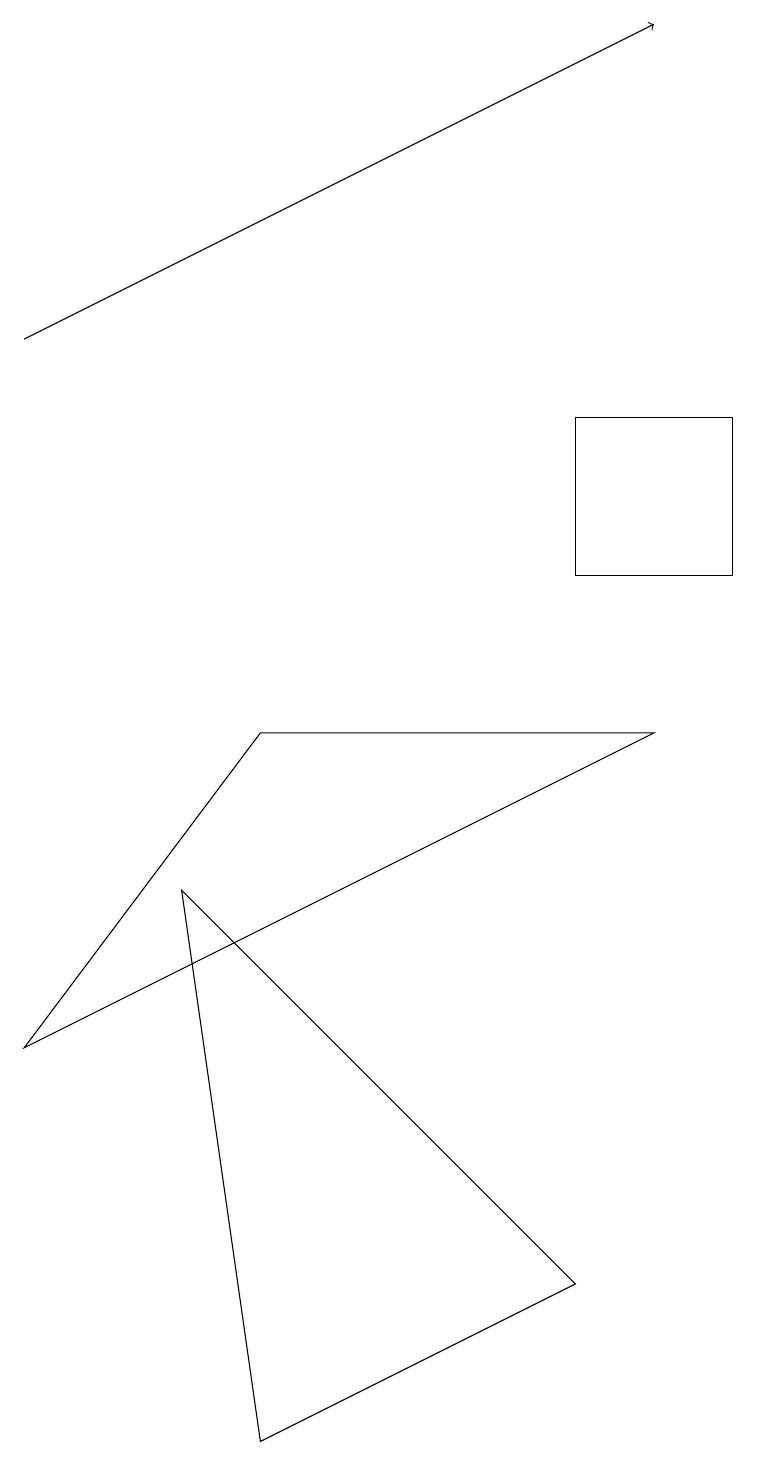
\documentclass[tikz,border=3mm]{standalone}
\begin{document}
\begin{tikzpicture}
\draw (2,7) -- (7,2) -- (3,0) -- cycle;
\draw (3,9) -- (0,5) -- (8,9) -- cycle;
\draw[->] (0,14) -- (8,18);
\draw (7,11) rectangle (9,13);
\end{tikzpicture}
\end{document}